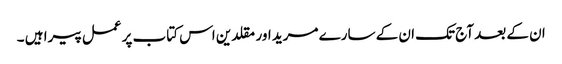
ان کے بعد آج تک ان کے سارے مرید اور مقلدین اس کتاب پر عمل پیرا ہیں ۔